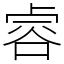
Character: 䜭